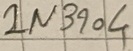
Text: 1N3904